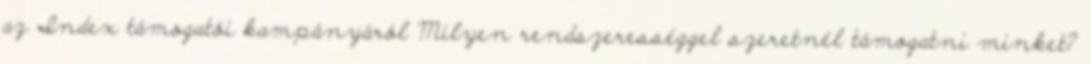
az Index támogatói kampányáról Milyen rendszerességgel szeretnél támogatni minket?